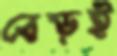
বেড়ই